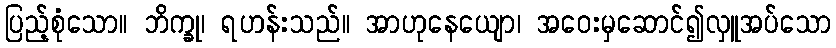
ပြည့်စုံသော။ ဘိက္ခု၊ ရဟန်းသည်။ အာဟုနေယျော၊ အဝေးမှဆောင်၍လှူအပ်သော